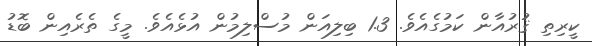
ކީރިތި ޤުރުއާން ކަމުގެއެވެ. 1.3 ބިލިއަން މުސްލިމުން އުޅެއެވެ. މީގެ ތެރެއިން ބޮޑު